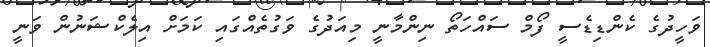
ވަހީދުގެ ކެންޑިޑެސީ ފޯމް ސައްހަތޯ ނިންމާނީ މިއަދުގެ ވަގުތެއްގައި ކަމަށް އިލެކްޝަނުން ވަނީ